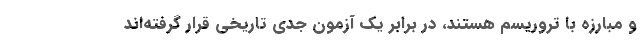
و مبارزه با تروریسم هستند، در برابر یک آزمون جدی تاریخی قرار گرفته‌اند